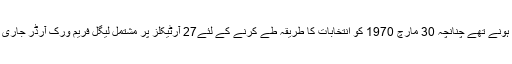
وعدے کے مطابق انتخابات 1970 میں ہونے تھے چنانچہ 30 مارچ 1970 کو انتخابات کا طریقہ طے کرنے کے لئے27 آرٹیکلز پر مشتمل لیگل فریم ورک آرڈر جاری کیا گیا جس میں تین ضمنیاں شامل تھیں۔